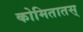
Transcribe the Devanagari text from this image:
कोमितातस्